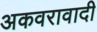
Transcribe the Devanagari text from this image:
अकवरावादी